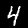
Digit: 4